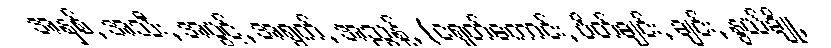
အနှစ်, အသီး, အပွင့်, အရွက်, အညွန့်, (ငရုတ်ကောင်း, ပိတ်ချင်း, ချင်း, နွယ်ချို,